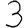
Digit: 3